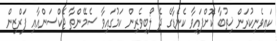
ކައިވެނިކުރަން ޚިތުބާ ކޮށްފައިވާ ކެނެޑާގެ ދެ ލޯބިވެރިން ކަމުގައިވާ ސެމޭންތާ ޖެކްސަންއާއި ފަރްޒިން